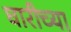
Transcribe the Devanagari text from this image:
घारीच्या